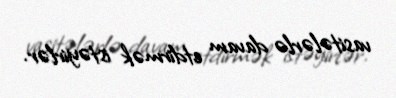
vasitələrlə davam etdirmək istəyirlər.